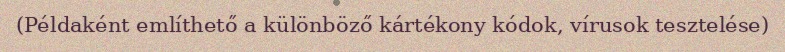
(Példaként említhető a különböző kártékony kódok, vírusok tesztelése)